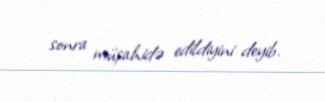
sonra müşahidə edildiyini deyib.